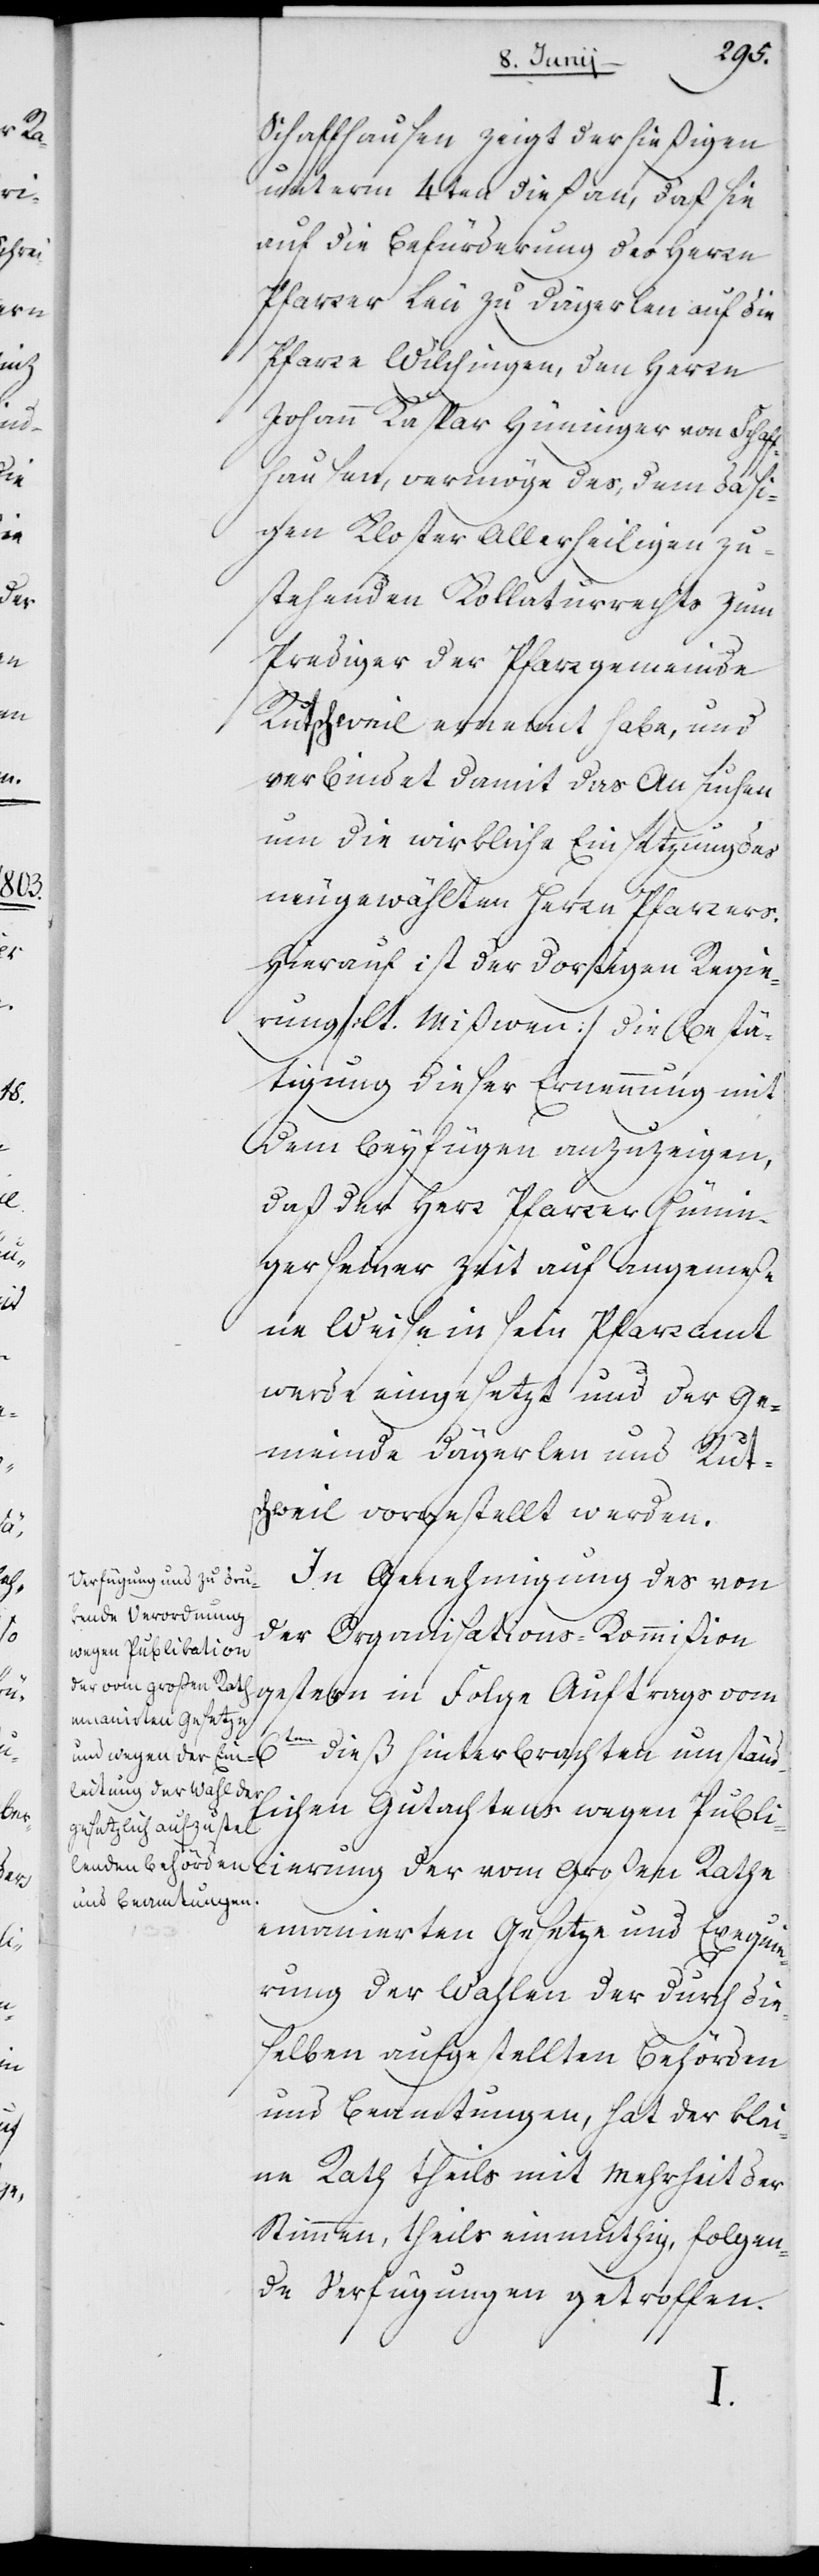
Schaffhausen zeigt der hießigen
unterm 4ten dieß an, daß sie
auf die Befürderung des Herrn
Pfarrer Leu zu Dägerlen auf die
Pfarre Wilchingen, den Herrn
Johann Kaspar Hüninger von Schaf¬
fhausen, vermöge des, dem dasi¬
gen Kloster Allerheiligen zu¬
stehenden Kollaturrechts zum
Prediger der Pfarrgemeinde
Rutschweil ernennt habe, und
verbindet damit das Ansuchen
um die wirkliche Einsetzung des
neugewählten Herrn Pfarrers.
Hierauf ist der dortigen Regie¬
rung (lt. Mißiven) dieselbe Bestä¬
tigung dieser Ernennung mit
dem Beyfügen anzuzeigen,
daß der Herr Pfarrer Hünin¬
ger seiner Zeit auf angemeße¬
ne Weise in sein Pfarramt
werde eingesetzt und der Ge¬
meinde Dägerlen und Ruts¬
chweil vorgestellt werden.
In Genehmigung des von
der Organisations-Kommißion
gestern in Folge Auftrags vom
dieß hinterbrachten umständ¬
lichen Gutachtens wegen Publi¬
cierung der vom Großen Rathe
emanierten Gesetze und Exequie¬
rung der Wahlen der durch die¬
selben aufgestellten Behörden
und Beamtungen, hat der Klei¬
ne Rath theils mit Mehrheit der
Stimmen, theils einmüthig, folgen¬
de Verfügungen getroffen.